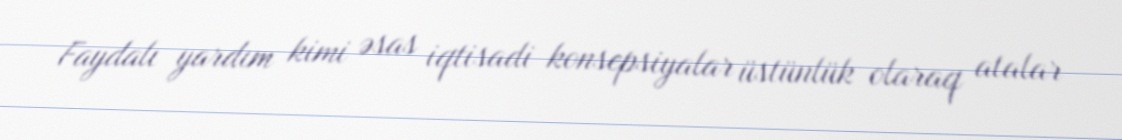
Faydalı yardım kimi əsas iqtisadi konsepsiyalar üstünlük olaraq atalar